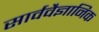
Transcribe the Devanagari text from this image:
सार्ववैज्ञानिक